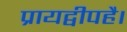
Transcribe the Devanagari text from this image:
प्रायद्वीपहै।